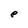
Character: e